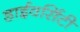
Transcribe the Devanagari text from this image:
डाईवर्सिटी